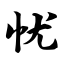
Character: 忧